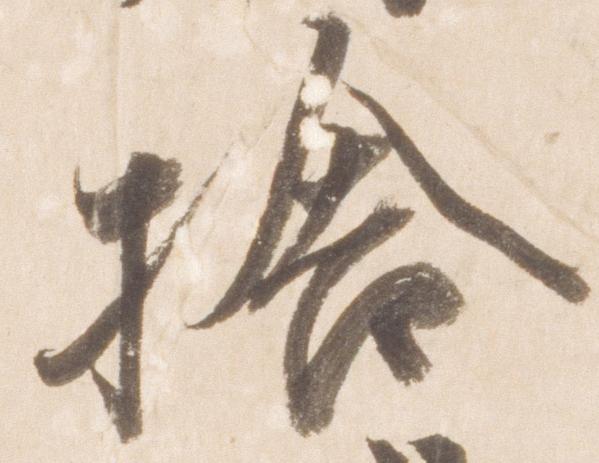
捨